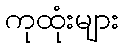
ကုထုံးများ